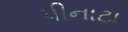
પીનાટા